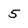
Character: 5